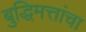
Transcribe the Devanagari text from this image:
बुद्धिमत्तांचा